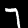
Label: 7